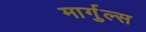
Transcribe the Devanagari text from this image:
मार्गुल्स